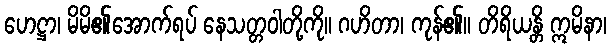
ဟေဋ္ဌာ၊ မိမိ၏အောက်ရပ် နေသတ္တဝါတို့ကို။ ဂဟိတာ၊ ကုန်၏။ တိရိယန္တိ ဣမိနာ၊